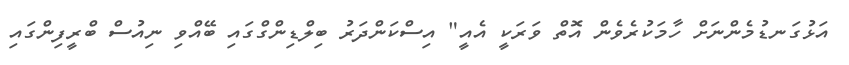
އަޅުގަނޑުމެންނަށް ހާމަކުރެވެން އޮތް ވަރަކީ އެއީ" އިސްކަންދަރު ބިލްޑިންގްގައި ބޭއްވި ނިއުސް ބްރީފިންގައި